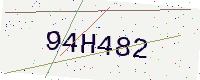
Text: 94H482